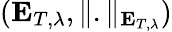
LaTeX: (\mathbf{E}_{T,\lambda},\Vert.\Vert_{\mathbf{E}_{T,\lambda}})